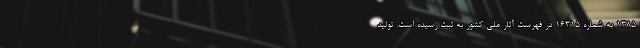
۱۳۸۵ به شماره ۱۶۳۱۵ در فهرست آثار ملی کشور به ثبت رسیده است. تولید